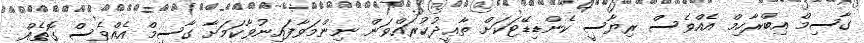
ގާސިމް އިބްރާހިމް އެއްވެސް ރިޔާސީ ކެންޑިޑޭޓަކަށް ތާޢީދުކުރައްވަން ނިންމަވާފައިނުވާކަމަށާ ގާސިމް އެއްވެސް ގޮތެއް